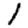
Digit: 1